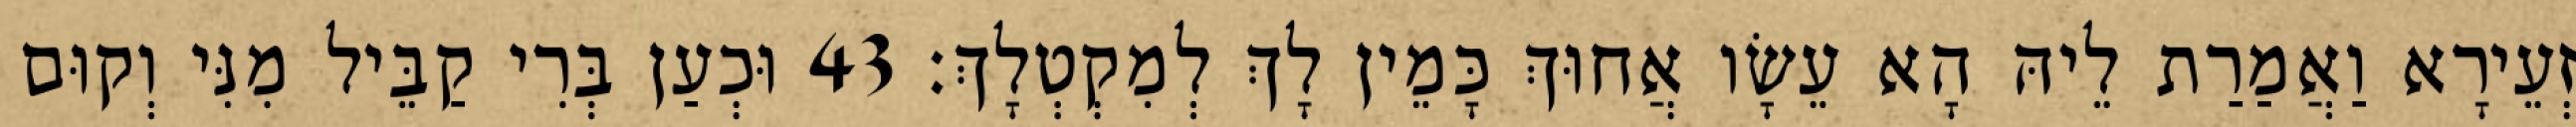
זְעֵירָא וַאֲמַרַת לֵיהּ הָא עֵשָׂו אֲחוּךְ כָּמֵין לָךְ לְמִקְטְלָךְ׃ 43 וּכְעַן בְּרִי קַבֵּיל מִנִּי וְקוּם